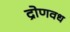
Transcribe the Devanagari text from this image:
द्रोणवध